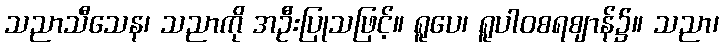
သညာသီသေန၊ သညာကို အဦးပြုသဖြင့်။ ရူပေ၊ ရူပါဝစရဈာန်၌။ သညာ၊